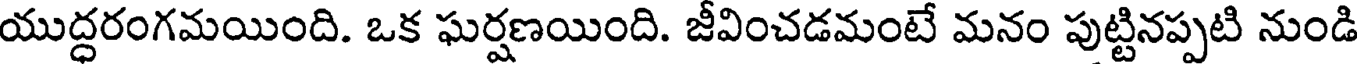
యుద్ధరంగమయింది. ఒక ఘర్షణయింది. జీవించడమంటే మనం పుట్టినప్పటి నుండి